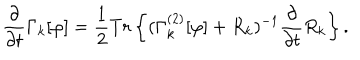
\frac { \partial } { \partial { t } } \Gamma _ { k } [ \varphi ] = \frac { 1 } { 2 } { T } { r } \left\{ ( \Gamma _ { k } ^ { ( 2 ) } [ \varphi ] + { R } _ { k } ) ^ { - 1 } \frac { \partial } { \partial { t } } { R } _ { k } \right\} .